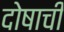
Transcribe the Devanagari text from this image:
दोषाची